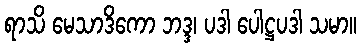
ရာသိ မေသာဒိကော ဘဒ္ဒ၊ ပဒါ ပေါဋ္ဌပဒါ သမာ။